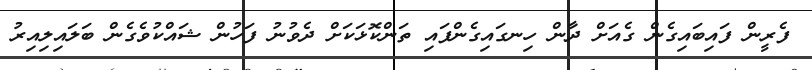
ފެރީން ފައިބައިގެން ގެއަށް ދާން ހިނގައިގެންފައި ތަންކޮޅަކަށް ދެވުނު ފަހުން ޝައްކުވެގެން ބަލައިލިއިރު